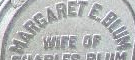
MARGARET E.BLUM